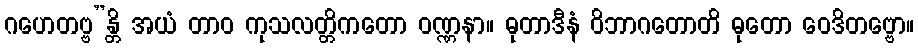
ဂဟေတဗ္ဗ”န္တိ အယံ တာဝ ကုသလတ္တိကတော ဝဏ္ဏနာ။ ဓုတာဒီနံ ဝိဘာဂတောတိ ဓုတော ဝေဒိတဗ္ဗော။